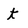
Character: t